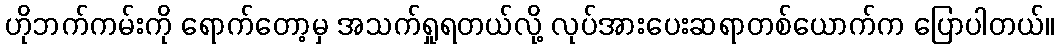
ဟိုဘက်ကမ်းကို ရောက်တော့မှ အသက်ရှုရတယ်လို့ လုပ်အားပေးဆရာတစ်ယောက်က ပြောပါတယ်။